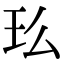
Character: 𤣵